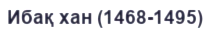
Ибақ хан (1468-1495)